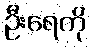
ဦးရေကို